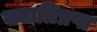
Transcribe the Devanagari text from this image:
ख्यातिप्रप्त